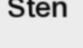
Sten